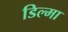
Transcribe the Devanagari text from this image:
डिल्मा